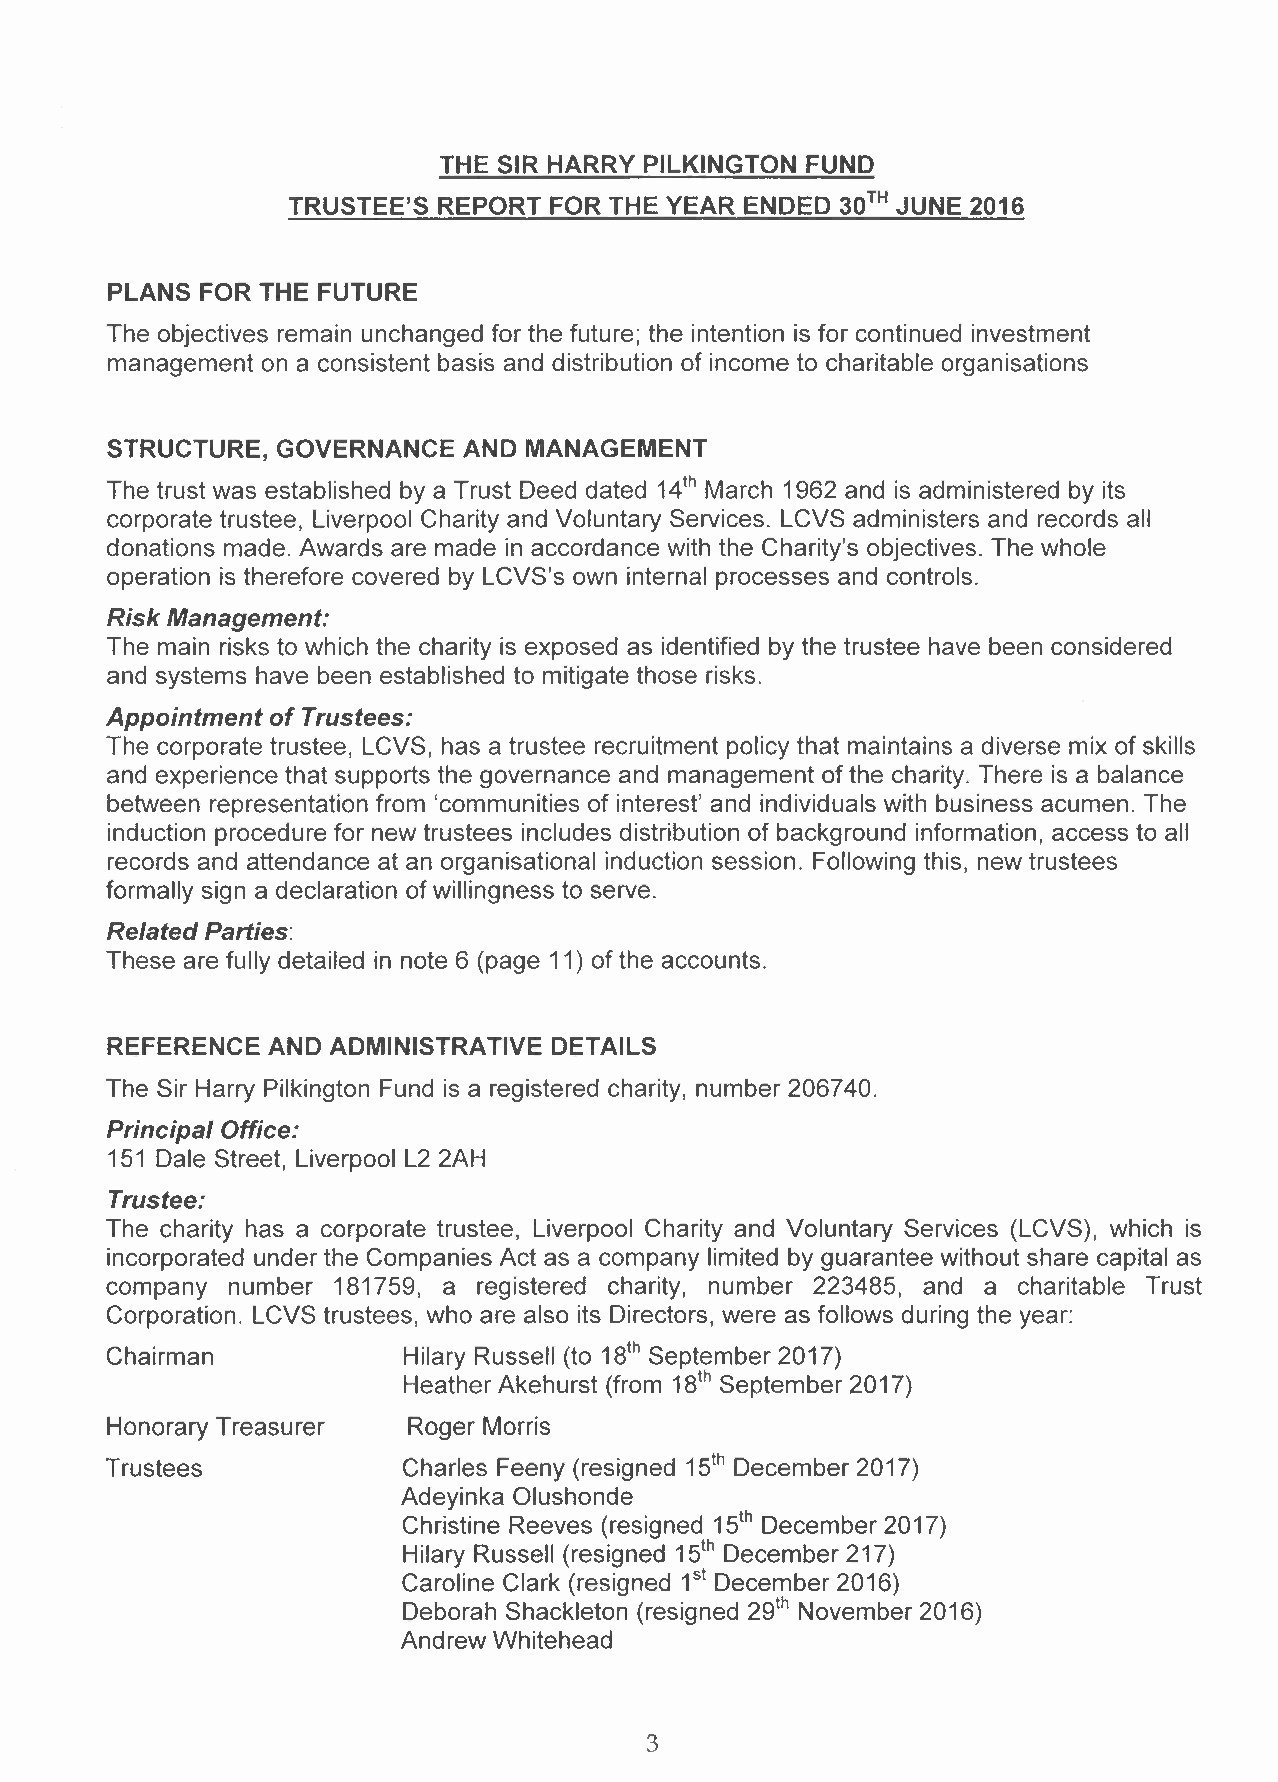
THE SIR HARRY PILKINGTON FUND
 TRUSTEE'S REPORT FOR THE YEAR ENDED  30TH JUNE 2016
 PLANS FOR THE FUTURE
 The objectives remain unchanged for the future; the intention is for continued investment
 management on a consistent basis and distribution of income to charitable organisations
 STRUCTURE, GOVERNANCE   AND MANAGEMENT
 The trust was established by a Trust Deed dated 14 March 1962 and is administered by its
 th
 corporate trustee, Liverpool Charity and Voluntary Services. LCVS administers and records all
 donations made. Awards are made in accordance with the Charity's objectives. The whole
 operation is therefore covered by LCVS's own internal processes and controls.
 Risk Management:
 The main risks to which the charity is exposed as identified by the trustee have been considered
 and systems have been established to mitigate those risks.
 Appointment of Trustees:
 The corporate trustee, LCVS, has a trustee recruitment policy that maintains a diverse mix of skills
 and experience that supports the governance and management of the charity. There is a balance
 between representation from 'communities of interest' and individuals with business acumen. The
 induction procedure for new trustees includes distribution of background information, access to all
 records and attendance at an organisational induction session. Following this, new trustees
 formally sign a declaration of willingness to serve.
 Related Parties:
 These are fully detailed in note 6 (page 11) of the accounts.
 REFERENCE  AND ADMINISTRATIVE DETAILS
 The Sir Harry Pilkington Fund is a registered charity, number 206740.
 Principal Office:
 151 Dale Street, Liverpool L2 2AH
 Trustee:
 The charity has a corporate trustee, Liverpool Charity and Voluntary Services (LCVS), which is
 incorporated under the Companies Act as a company limited by guarantee without share capital as
 company number 181759, a registered charity, number 223485, and a charitable Trust
 Corporation. LCVS trustees, who are also its Directors, were as follows during the year:
 Chairman            Hilary Russell (to 18 September 2017)
 th
 Heather Akehurst (from is" September 2017)
 Honorary Treasurer  Roger Morris
 Trustees            Charles Feeny (resigned 15 th December 2017)
 Adeyinka Olushonde
 Christine Reeves (resigned 15 December 2017)
 th
 Hilary Russell (resigned 15 December 217)
 th
 Caroline Clark (resigned 1 December 2016)
 st
 Deborah Shackleton (resigned 29 November 2016)
 th
 Andrew Whitehead
 3